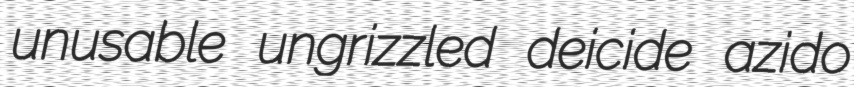
unusable ungrizzled deicide azido